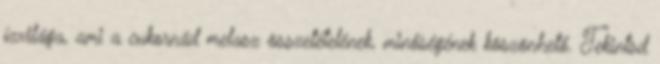
ízvilága, ami a cukornád melasz összetételének, minőségének köszönhető. Tekintsd